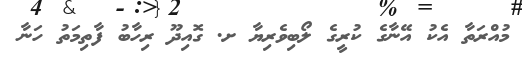
މުއްރަތާ އެކު އޭނާގެ ކުރީގެ ލޯބިވެރިޔާ ށ. ގޮއިދޫ ރިހާބު ފާތިމަތު ހަނާ